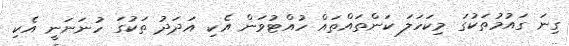
ގިނަ ގައުމުތަކުގަ މިކަހަލަ ކަންތައްތައް ހުއްޓުވަން އެކި އަދަދު ތަކުގަ ހުނަނަނީ އެކި